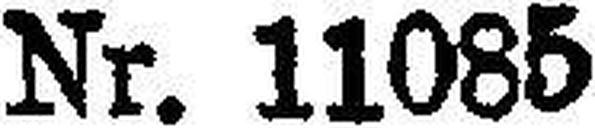
Nr. 11085